Civil Veterinary Department. Madras. Admin. report 1910-25 - 1910-1925
Year: 1910
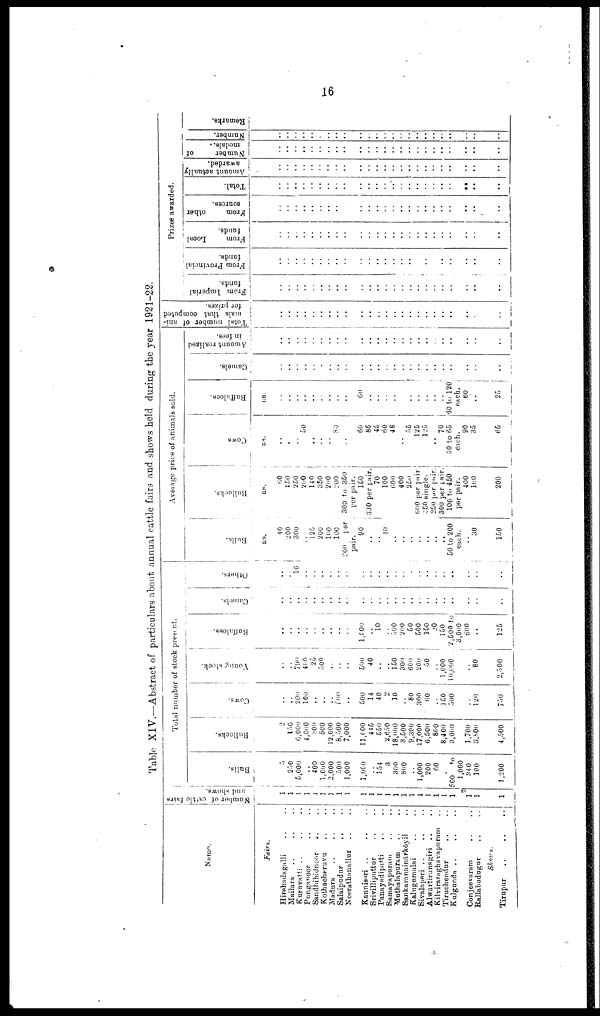
16
Table XIV.—Abstract of particulars about annual cattle fairs and shows held during the year 1921-22.
Name.
Fairs.
Hirehadagalli .. ..
Mailara .. ..
Kuruvatti .. ..
Punganoor .. ..
Sandhibidnoor .. ..
Kothacheruvu .. ..
Madura .. .. ..
Salaipudur .. ..
Neerathanallur .. ..
Kanniseri ..
..
Srivilliputtur .. ..
Panayadipatti .. ..
Samayapuram .. ..
Muthalapuram .. ..
Sankaranainārkōyil ..
Kalugumalai .. ..
Sivalapuri ..
.. ..
Alwārtirunngiri .. ..
Kilviraraghavapuram ..
Tiruchendur .. ..
Kulgunda ..
..
..
Conjeevaram .. ..
Rallabudugur .. ..
Shows.
Tirupur .. .. ..
Number
of cattle fairs
and shows.
1
1
1
1
1
1
1
1
1
1
1
1
1
1
1
1
1
1
1
1
1
1
1
1
Total number of stock present.
Bulls.
5
250
5,000
..
400
1,000
2,000
500
1,000
1,000
154
3
300
800
..
1,000
200
60
.
500 to
1,000
340
100
1,200
Bullocks.
2
150
6,000
4,000
300
500
12,000
8,500
7,000
11,000
445
550
2,650
18,000
3,500
9,300
17,000
6,500
800
8,400
3,000
1,700
3,800
4,500
Cows.
..
..
200
100
..
..
..
100
..
..
500
14
40
2
10
..
80
300
60
150
300
..
120
750
Young stock.
..
..
790
400
25
500
..
..
..
500
40
..
..
150
300
600
200
50
1,000
10,000
80
2,500
Buffaloes.
..
..
..
::
..
..
..
1,000
..
10
..
500
200
50
500
150
20
160
2,500 to
3,000
600
..
125
Camels.
..
..
..
..
..
..
..
..
..
..
..
..
..
..
.. ..
..
..
..
..
..
..
..
..
Others.
..
..
10
..
..
..
..
..
..
..
..
..
.. ..
..
..
..
..
..
..
..
..
Average price of animals sold.
Bulls.
RS.
40
200
300
125
200
100
100
200
per
pair.
90
..
..
40
..
..
..
..
..
50 to 200
each.
..
30
150
Bullocks.
RS.
60
150
250
200
140
350
200
200
300 to 350
per pair.
150
330 per pair.
70
100
600
400
250
000 per pair
350 single.
250 per pair.
300 per pair.
100 to 450
per pair.
400
100
200
Cows
RS.
..
..
..
50
..
..
..
80
..
60
85
45
60
48
..
55
125
125
..
70
30 to 65
each.
90
35
65
Buffaloes.
RS.
..
..
..
..
..
..
60
..
..
..
..
..
..
..
60 to 120
each.
60
..
25
Camels.
..
..
..
..
..
...
..
..
..
..
..
..
..
..
..
..
..
Amount realized
in fees.
..
..
..
..
..
..
..
..
..
..
..
..
..
..
..
..
..
..
Total
number of ani-
mals
that computed
for prizes.
..
..
..
..
..
..
..
..
..
..
..
..
..
..
..
..
..
..
Prizes awarded.
From Imperial
funds.
..
..
..
..
..
..
..
..
..
..
..
..
..
..
..
..
..
..
From Provincial
funds.
..
..
..
..
..
..
..
..
..
..
..
..
..
..
..
..
..
..
From
Local
funds.
..
..
..
..
..
..
..
..
..
..
..
..
..
..
..
..
..
..
From
other
sources.
..
..
..
..
..
..
..
..
..
..
..
..
..
..
..
..
..
..
Total.
..
..
..
..
..
..
..
..
..
..
..
..
..
..
..
..
..
..
Amount actually
awarded.
..
..
..
..
..
..
..
..
..
..
..
..
..
..
..
..
..
..
..
..
Number
of
medals.
..
..
..
..
..
..
..
..
..
..
..
..
..
..
..
..
..
..
..
..
Number.
..
..
..
..
..
..
..
..
..
..
..
..
..
..
..
..
..
..
..
..
Remarks.